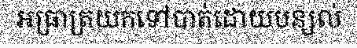
អធ្រាត្រយកទៅបាត់ដោយបន្សល់